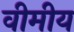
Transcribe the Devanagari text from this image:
वीमीय